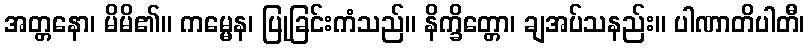
အတ္တနော၊ မိမိ၏။ ကမ္မေန၊ ပြုခြင်းကံသည်။ နိက္ခိတ္တော၊ ချအပ်သနည်း။ ပါဏာတိပါတီ၊